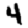
Digit: 4